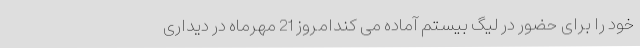
خود را برای حضور در لیگ بیستم آماده می کندامروز 21 مهرماه در دیداری